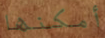
أمكنها